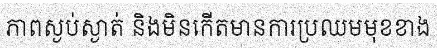
ភាពស្ងប់ស្ងាត់ និងមិនកើតមានការប្រឈមមុខខាង